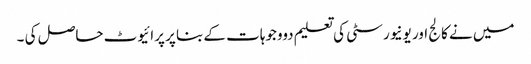
میں نے کالج اور یونیورسٹی کی تعلیم دووجوہات کے بنا پر پرائیوٹ حاصل کی ۔